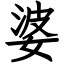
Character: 婆